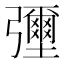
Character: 𢑃